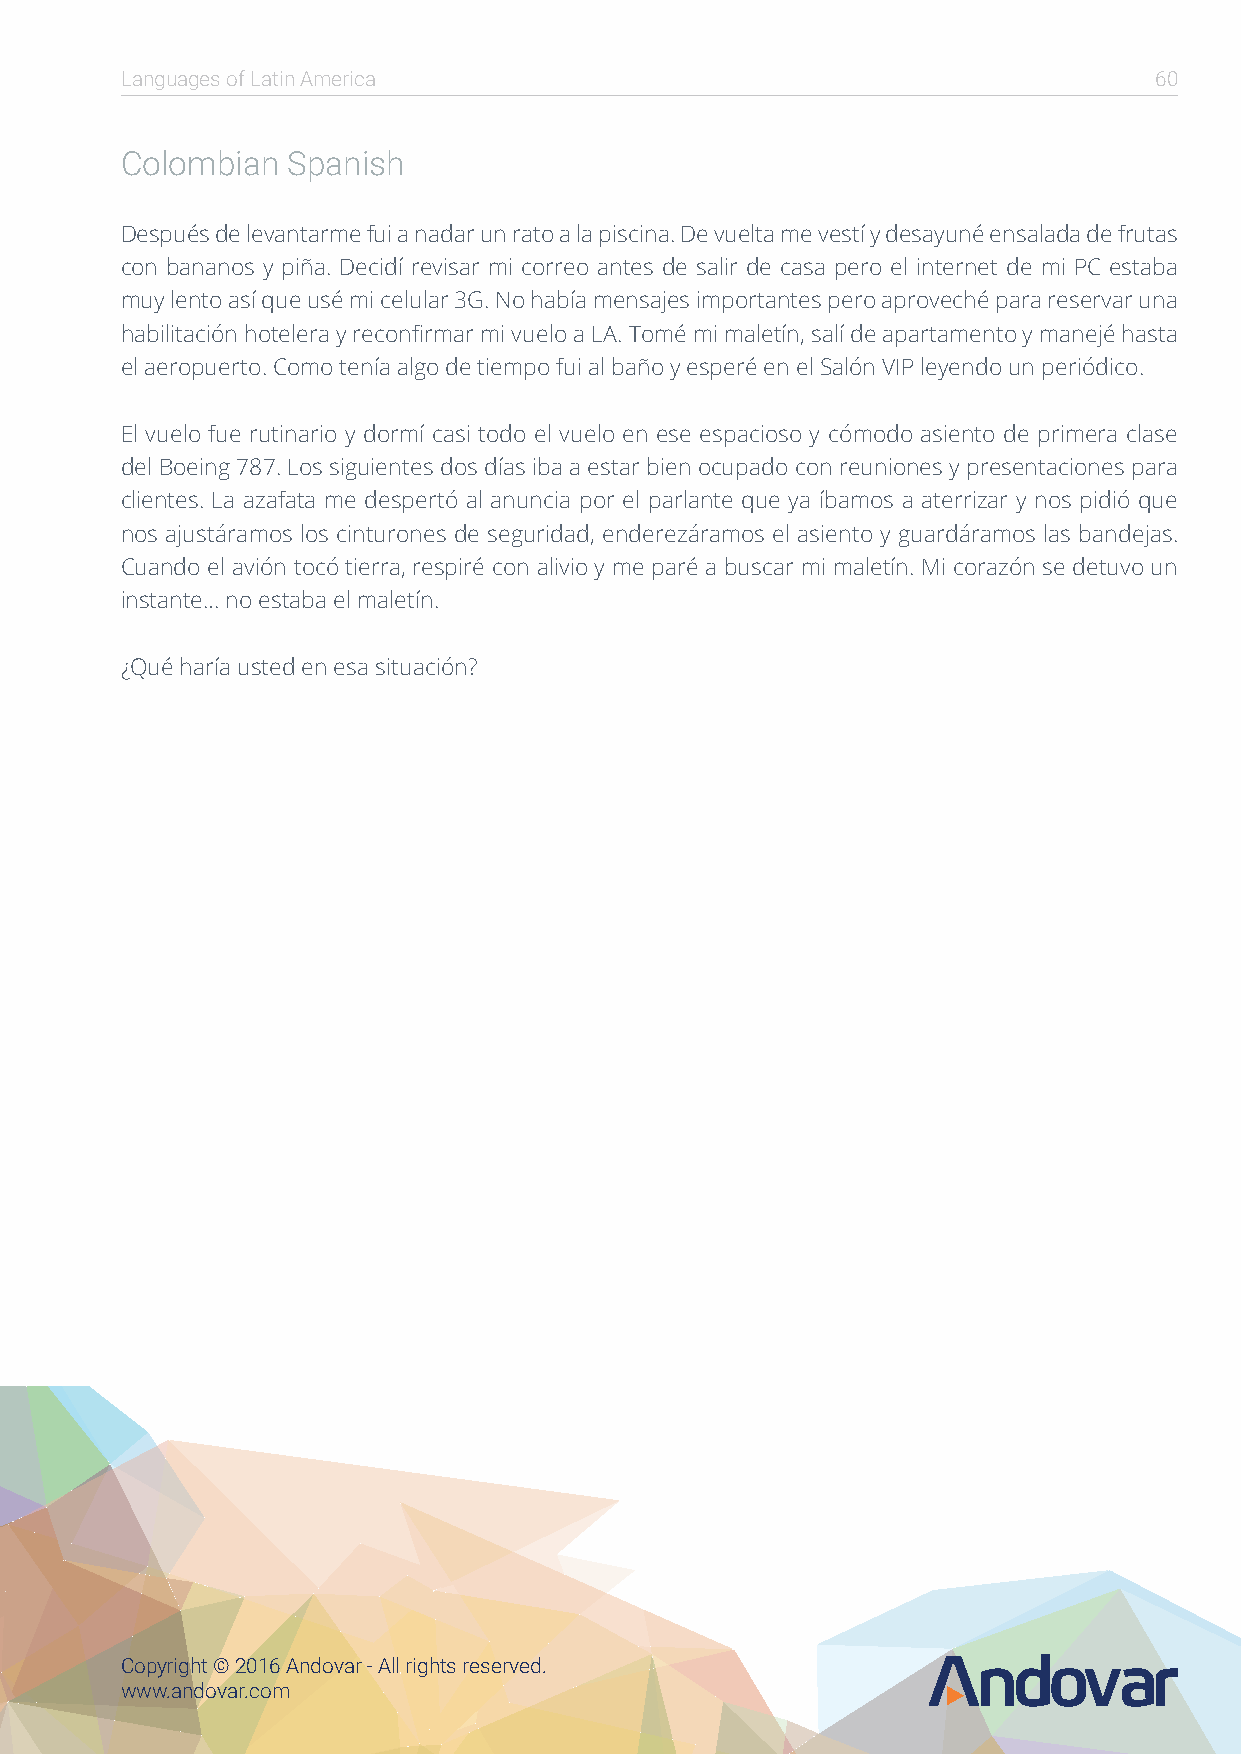
Languages of Latin America                                          60
 Colombian  Spanish
 Después de levantarme fui a nadar un rato a la piscina. De vuelta me vestí y desayuné ensalada de frutas
 con bananos y piña. Decidí revisar mi correo antes de salir de casa pero el internet de mi PC estaba
 muy lento así que usé mi celular 3G. No había mensajes importantes pero aproveché para reservar una
 habilitación hotelera y reconfirmar mi vuelo a LA. Tomé mi maletín, salí de apartamento y manejé hasta
 el aeropuerto. Como tenía algo de tiempo fui al baño y esperé en el Salón VIP leyendo un periódico.
 El vuelo fue rutinario y dormí casi todo el vuelo en ese espacioso y cómodo asiento de primera clase
 del Boeing 787. Los siguientes dos días iba a estar bien ocupado con reuniones y presentaciones para
 clientes. La azafata me despertó al anuncia por el parlante que ya íbamos a aterrizar y nos pidió que
 nos ajustáramos los cinturones de seguridad, enderezáramos el asiento y guardáramos las bandejas.
 Cuando el avión tocó tierra, respiré con alivio y me paré a buscar mi maletín. Mi corazón se detuvo un
 instante… no estaba el maletín.
 ¿Qué haría usted en esa situación?
 Copyright © 2016 Andovar - All rights reserved.
 www.andovar.com